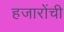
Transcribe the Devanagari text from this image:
हजारोंची